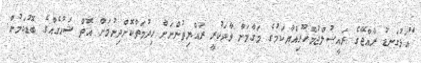
"އަޅުގަނޑު ރާއްޖޭގެ ރައީސުލްޖުމްހޫރިއްޔާކަމުގެ މަގާމަށް ވާދަކުރީ ރައްޔިތުންނަށް ހިދުމަތްކޮށްދިނުމަށް އޮތް ޝައުގެއްގެ ބޮޑުކަމުން.